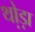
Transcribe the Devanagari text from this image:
थो़ड़ा